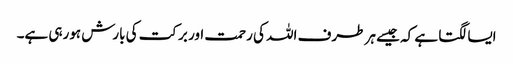
ایسا لگتا ہے کہ جیسے ہر طرف اللہ کی رحمت اور برکت کی بارش ہورہی ہے۔